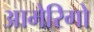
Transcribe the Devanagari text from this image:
आमेरिगो